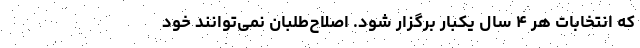
که انتخابات هر ۴ سال یکبار برگزار شود. اصلاح‌طلبان نمی‌توانند خود